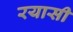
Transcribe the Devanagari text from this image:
रयासी